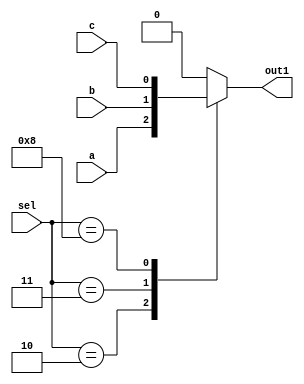
module CAS_NR_UCIT (a, b, c, sel, out1);
   input a;
   input b;
   input c;
   input [3:0] sel;
   output out1;
   reg out1;
   always @(a or b or c or sel)
   begin
      case (sel)
         4'b0010: out1 = a;
         2'b11: out1 = b;
         8: out1 = c;
         default: out1 = 1'b0;
      endcase
   end
endmodule